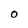
Character: O